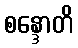
စန္ဒောတိ